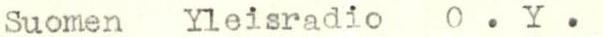
Suomen  Yleisradio  O.Y.